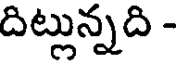
దిట్లున్నది -